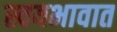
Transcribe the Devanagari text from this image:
स्वयभावात